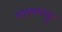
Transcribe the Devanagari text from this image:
वल्लप्पाट्टु